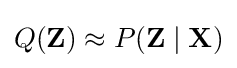
Q(\mathbf {Z} )\approx P(\mathbf {Z} \mid \mathbf {X} )